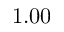
1 . 0 0